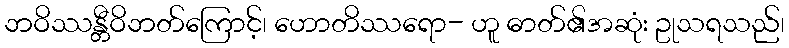
ဘဝိဿန္တီဝိဘတ်ကြောင့်၊ ဟောတိဿရော- ဟူ ဓာတ်၏အဆုံး ဥုသရသည်၊